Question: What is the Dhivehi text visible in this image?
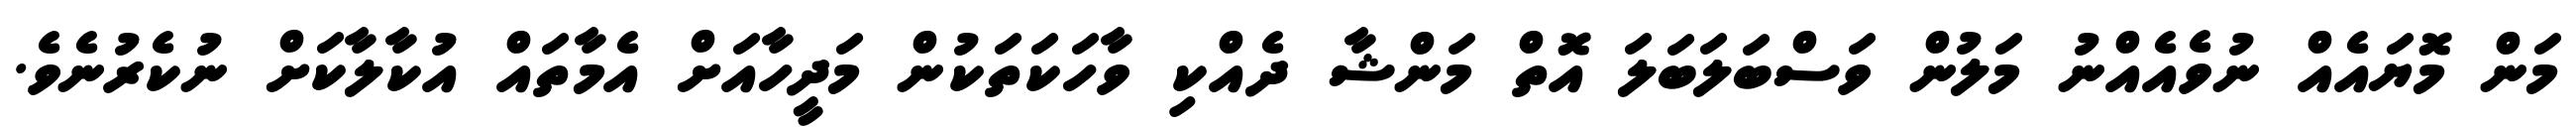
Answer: މަން މޮޔައެއް ނުވެއެއްނު މަލުން ވަސްބަލަބަލަ އޮތް މަންޝާ ދެއްކި ވާހަކަތަކުން މަދީހާއަށް އެމާތައް އުކާލާކަށް ނުކެރުނެވެ.